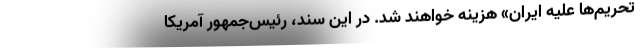
تحریم‌ها علیه ایران» هزینه خواهند شد. در این سند، رئیس‌جمهور آمریکا